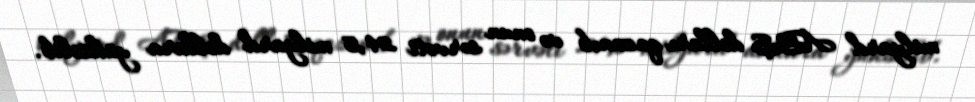
milyard ABŞ dolları qazanıb və onun sərvəti 24,5 milyard dollara yüksəlib.